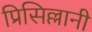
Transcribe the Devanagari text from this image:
प्रिसिल्लानी